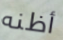
أظنه